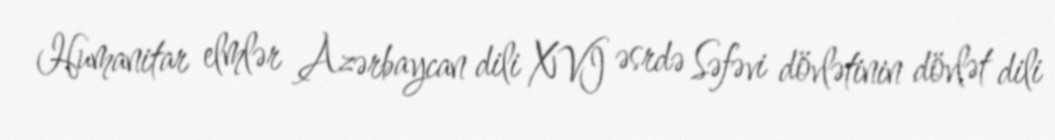
Humanitar elmlər Azərbaycan dili XVI əsrdə Səfəvi dövlətinin dövlət dili